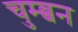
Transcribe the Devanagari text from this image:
चुम्ब्बन